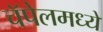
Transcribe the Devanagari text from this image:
चॅपेलमध्ये